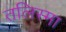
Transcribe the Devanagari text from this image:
तलिस्मा